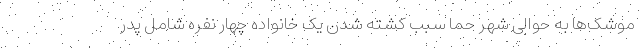
موشک‌ها به حوالی شهر حما سبب کشته شدن یک خانواده چهار نفره شامل پدر